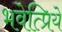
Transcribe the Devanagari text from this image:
भवेत्प्रिये